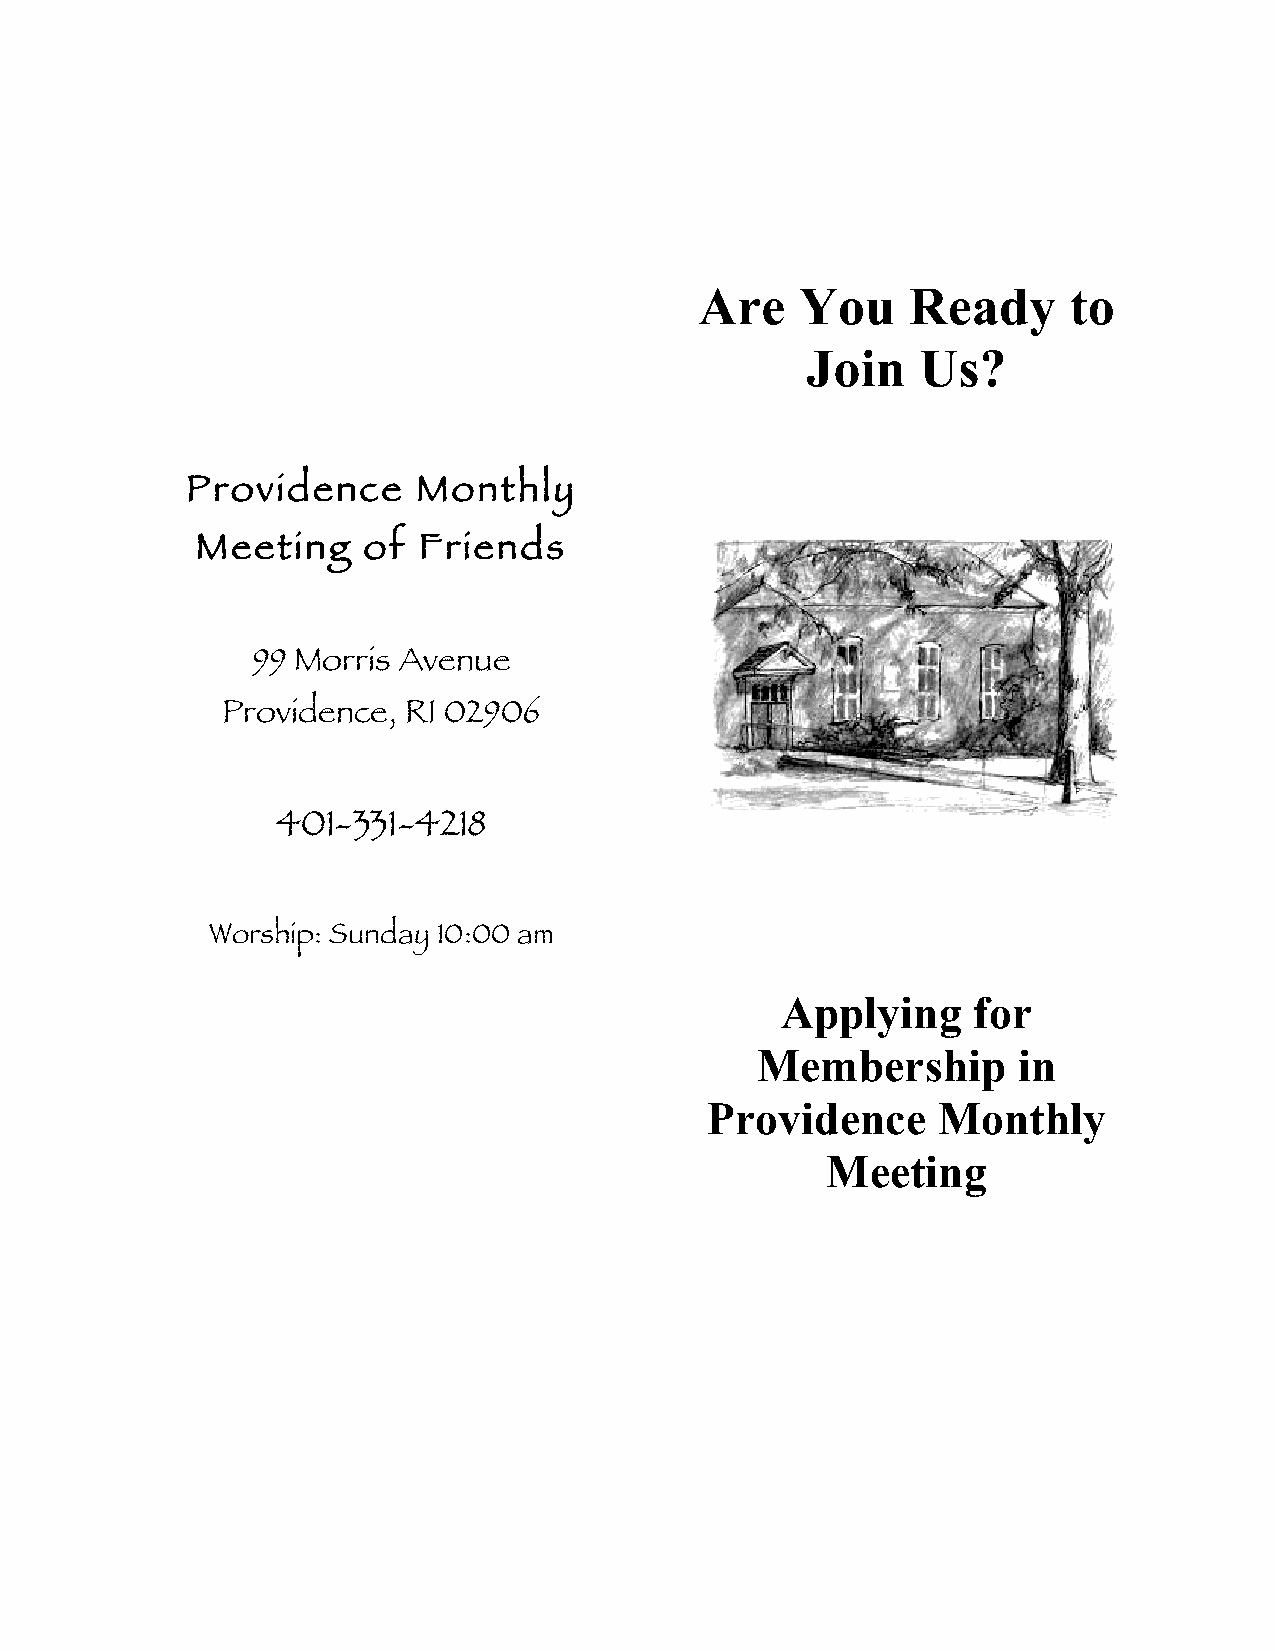
Are    You    Ready      to
 Join    Us?
 Providence      Monthly
 Meeting    of  Friends
 99 Morris Avenue
 Providence, RI 02906
 401-331-4218
 Worship: Sunday 10:00 am
 Applying    for
 Membership       in
 Providence     Monthly
 Meeting